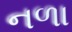
નળા